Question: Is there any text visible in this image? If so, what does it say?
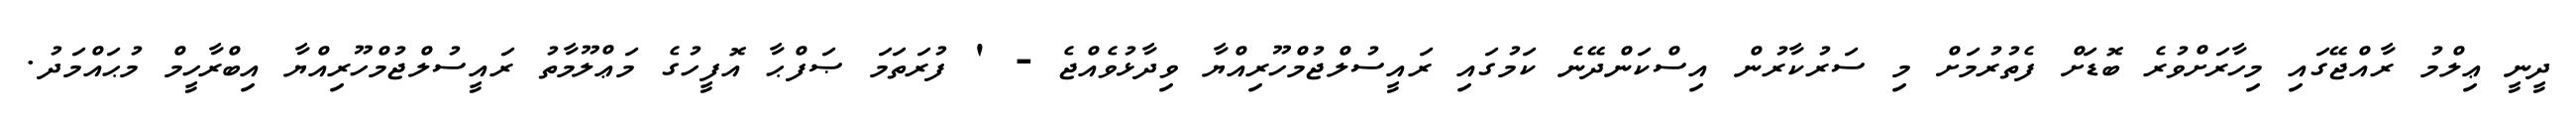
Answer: ދީނީ ޢިލްމު ރާއްޖޭގައި މިހާރަށްވުރެ ބޮޑަށް ފެތުރުމަށް މި ސަރުކާރުން އިސްކަންދޭނެ ކަމުގައި ރައީސުލްޖުމްހޫރިއްޔާ ވިދާޅުވެއްޖެ - ' ފުރަތަމަ ޞަފްޙާ އޮފީހުގެ މަޢްލޫމާތު ރައީސުލްޖުމްހޫރިއްޔާ އިބްރާހީމް މުޙައްމަދު.